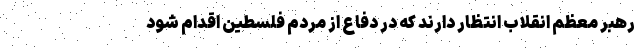
رهبر معظم انقلاب انتظار دارند که در دفاع از مردم فلسطین اقدام شود